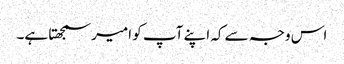
اس وجہ سے کہ اپنے آپ کو امیر سمجھتا ہے۔